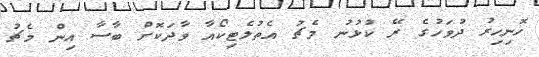
ހޮނިހިރު ދުވަހުގެ ރޭ ކުޅުނު މެޗު އެތުލެޓިކޯއާ ވާދަކޮށް ބާސާ އިން މެޗު